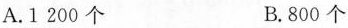
A. 1200个 B. 800个